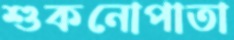
শুকনোপাতা